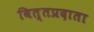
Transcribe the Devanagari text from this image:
वित्तप्रदाता